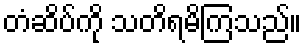
တံဆိပ်ကို သတိရမိကြသည်။